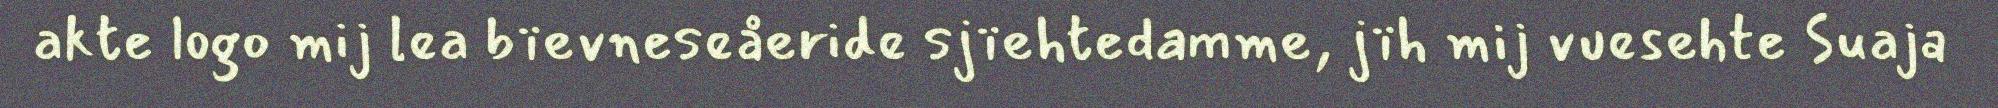
akte logo mij lea bïevneseåeride sjïehtedamme, jïh mij vuesehte Suaja